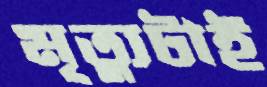
মৃত্যুটাই